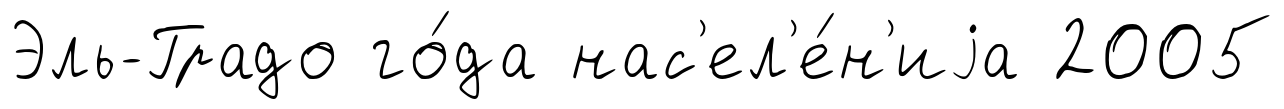
Эль-Градо го́да нас'ел'е́н'иjа 2005